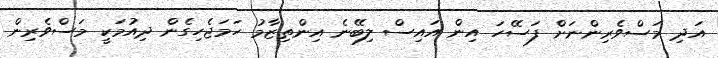
އަދި މަސްވެރިންނަށް ފަސޭހަ އިން އައިސް ލިބޭނެ އިންތިޒާމު ހަމަޖެހިގެން ދިއުމަކީ މަސްވެރިން